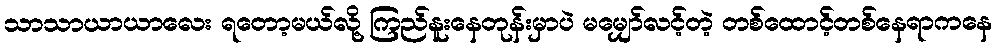
သာသာယာယာလေး ရတော့မယ်လို့ ကြည်နူးနေတုန်းမှာပဲ မမျှော်လင့်တဲ့ တစ်ထောင့်တစ်နေရာကနေ